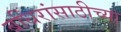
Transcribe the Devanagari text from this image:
बधिरांसाठीच्या